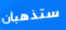
ستذهبان